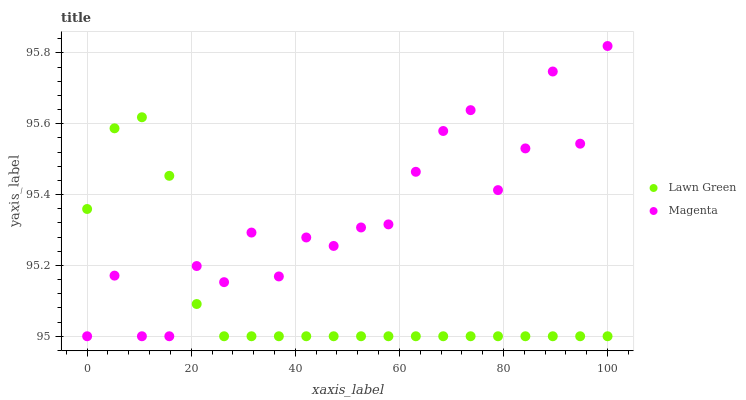
| xaxis_label | Lawn Green | Magenta |
 | --- | --- | --- |
 | 0 | 95.4 | 95 |
 | 5.26 | 95.6 | 95.2 |
 | 10.5 | 95.6 | 95 |
 | 15.8 | 95.5 | 95 |
 | 21.1 | 95.1 | 95.2 |
 | 26.3 | 95 | 95.2 |
 | 31.6 | 95 | 95.3 |
 | 36.8 | 95 | 95.2 |
 | 42.1 | 95 | 95.3 |
 | 47.4 | 95 | 95.3 |
 | 52.6 | 95 | 95.3 |
 | 57.9 | 95 | 95.3 |
 | 63.2 | 95 | 95.5 |
 | 68.4 | 95 | 95.6 |
 | 73.7 | 95 | 95.6 |
 | 78.9 | 95 | 95.4 |
 | 84.2 | 95 | 95.5 |
 | 89.5 | 95 | 95.7 |
 | 94.7 | 95 | 95.5 |
 | 100 | 95 | 95.8 |